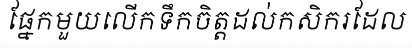
ផ្នែកមួយលើកទឹកចិត្តដល់កសិករដែល